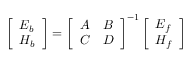
\left[ \begin{array} { l } { E _ { b } } \\ { H _ { b } } \end{array} \right] = \left[ \begin{array} { c c } { A } & { B } \\ { C } & { D } \end{array} \right] ^ { - 1 } \left[ \begin{array} { l } { E _ { f } } \\ { H _ { f } } \end{array} \right]